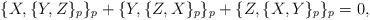
LaTeX: \begin{align*}\{X,\{Y,Z\}_p\}_p+\{Y,\{Z,X\}_p\}_p+\{Z,\{X,Y\}_p\}_p=0,\end{align*}